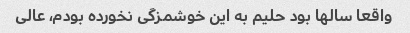
واقعا سالها بود حلیم به این خوشمزگی نخورده بودم، عالی